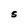
Character: S